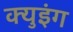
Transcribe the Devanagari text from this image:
क्युइंग